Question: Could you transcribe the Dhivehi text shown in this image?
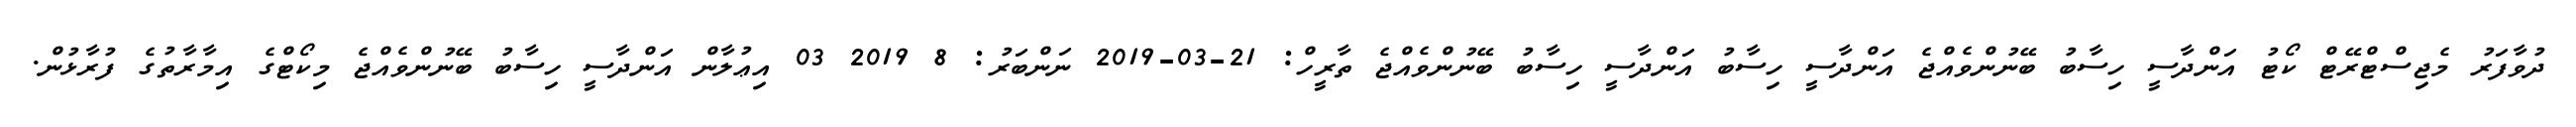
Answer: ދުވާފަރު މެޖިސްޓްރޭޓް ކޯޓު އަންދާސީ ހިސާބު ބޭނުންވެއްޖެ އަންދާސީ ހިސާބު އަންދާސީ ހިސާބު ބޭނުންވެއްޖެ ތާރީހް: 21-03-2019 ނަންބަރު: 8 2019 03 އިޢުލާން އަންދާސީ ހިސާބު ބޭނުންވެއްޖެ މިކޯޓްގެ އިމާރާތުގެ ފުރާޅުން.